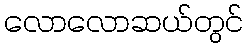
လောလောဆယ်တွင်